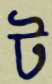
ট